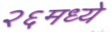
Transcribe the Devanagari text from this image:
२६मध्ये